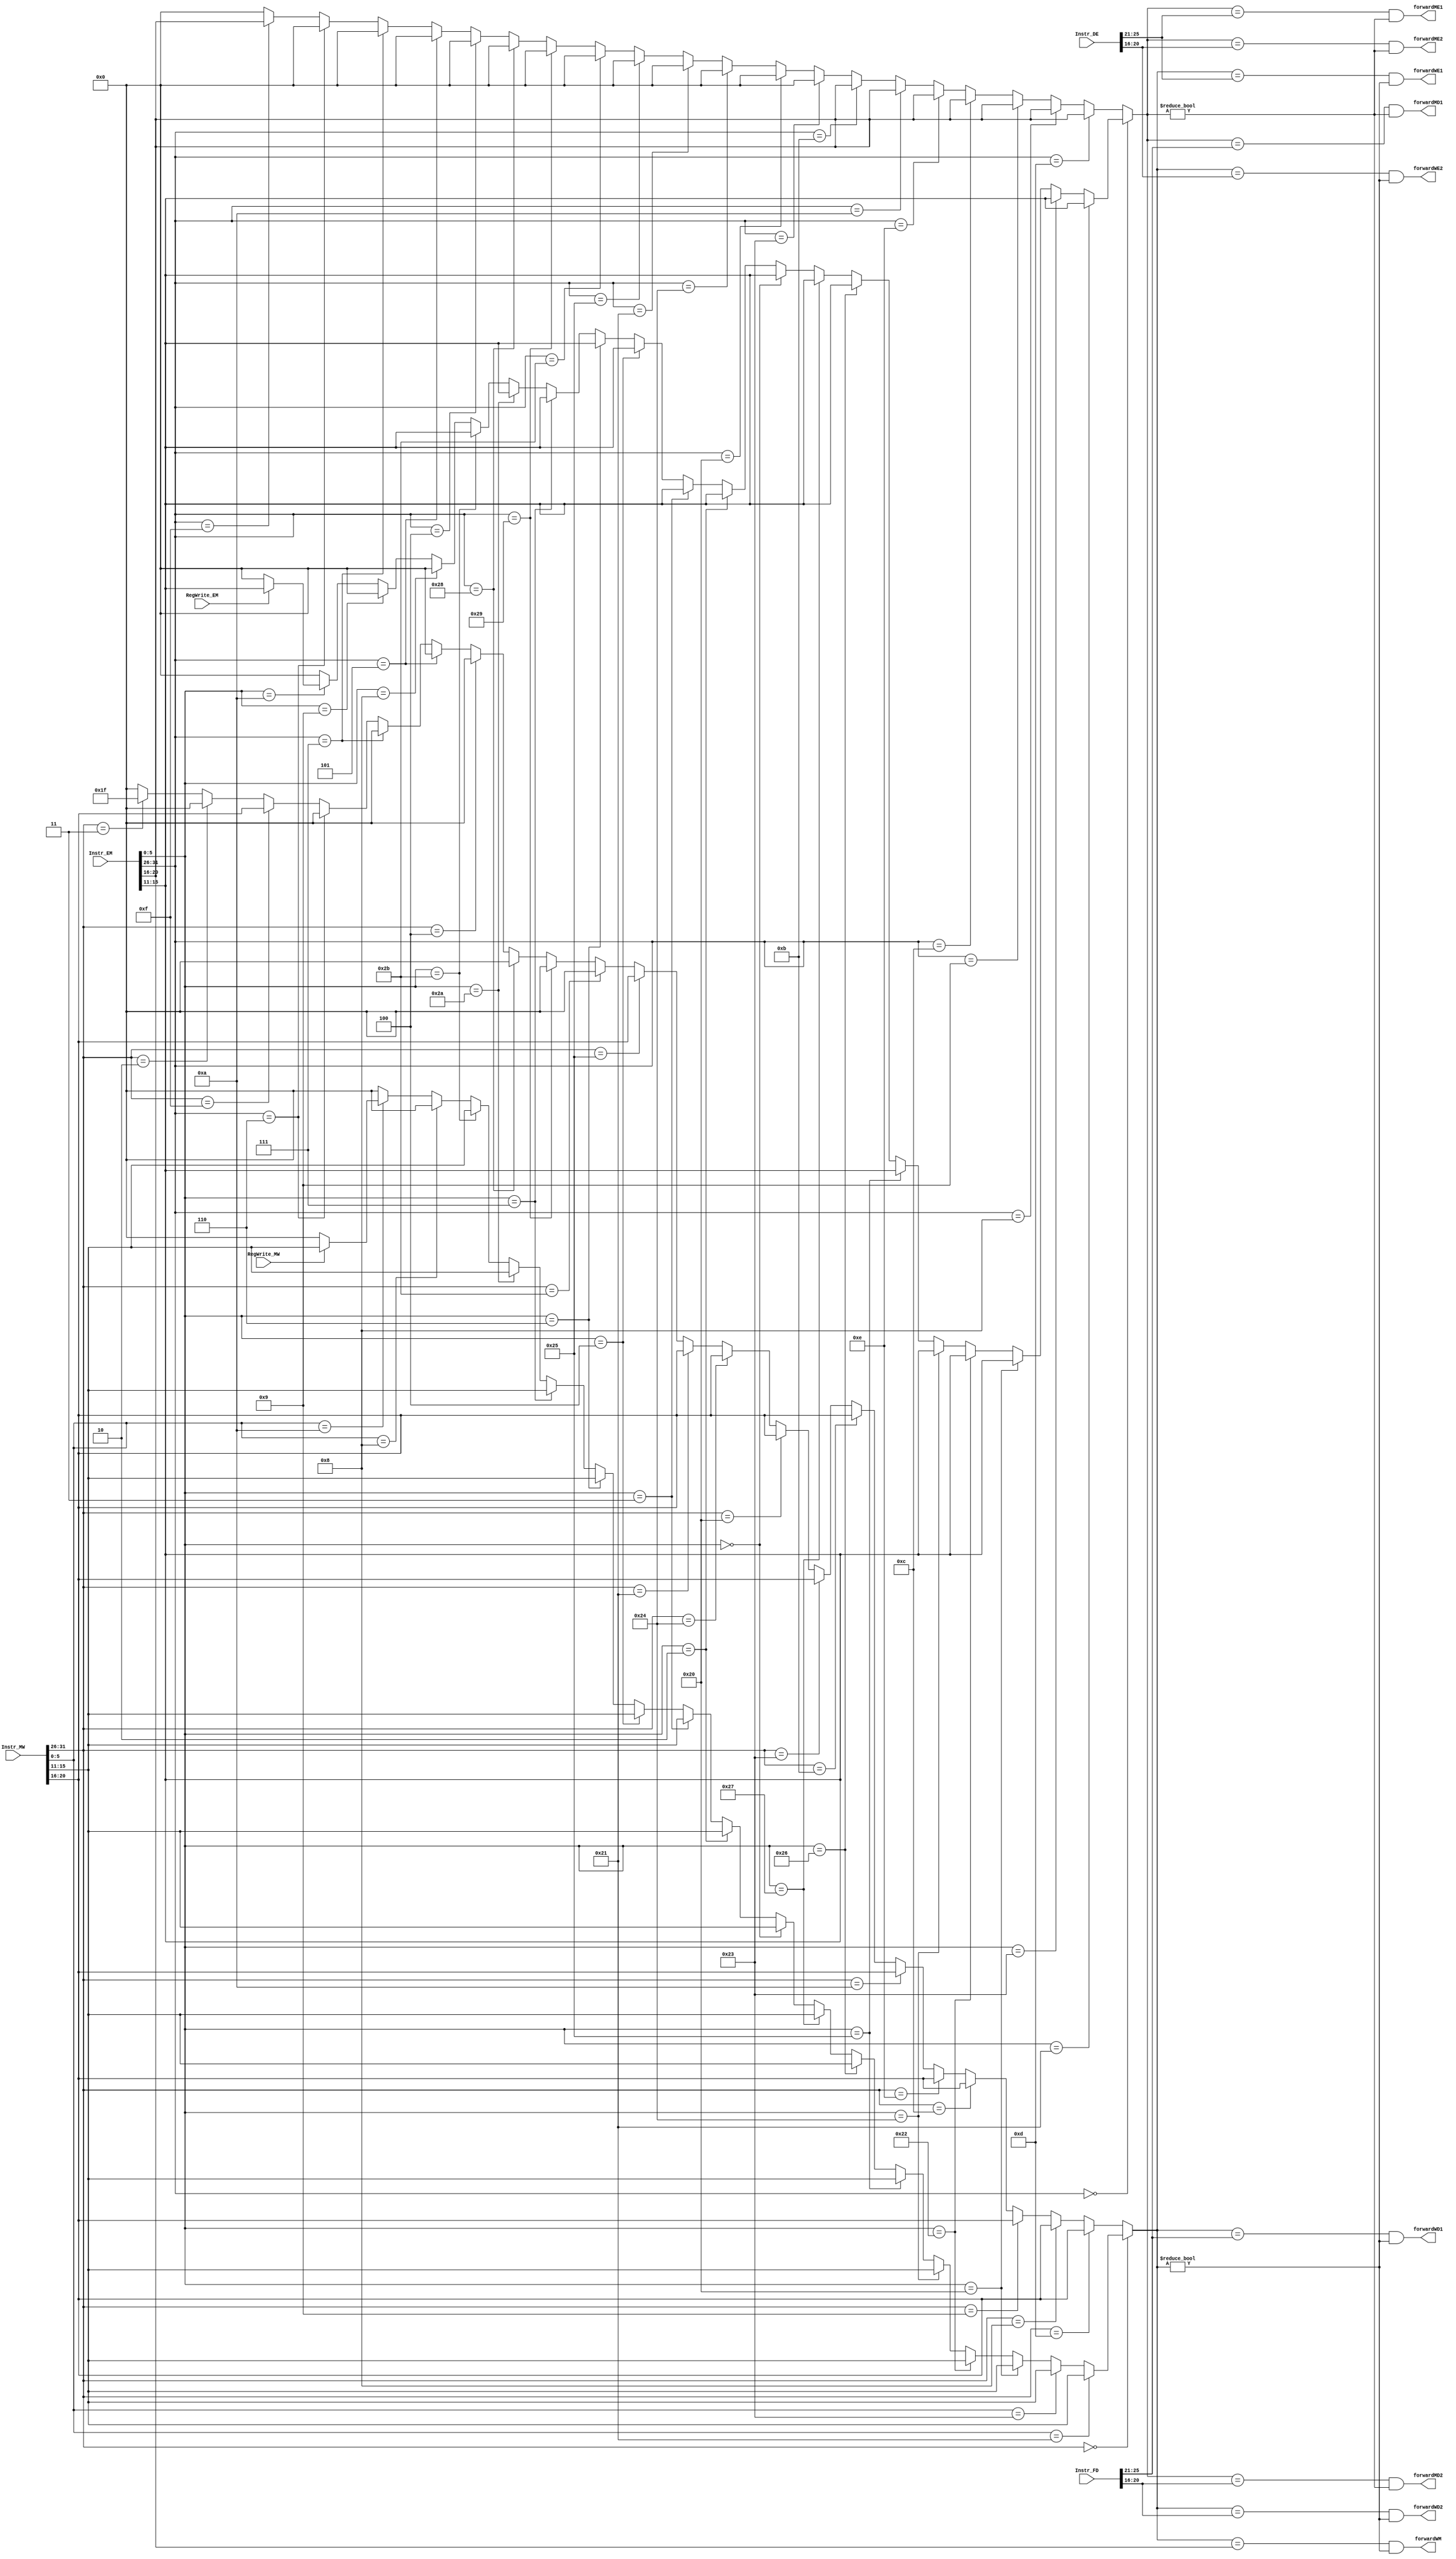
`timescale 1ns / 1ps
//////////////////////////////////////////////////////////////////////////////////
// Company: 
// Engineer: 
// 
// Design Name: 
// Module Name:    forward 
// Project Name: 
// Target Devices: 
// Tool versions: 
// Description: 
//
// Dependencies: 
//
// Revision: 
// Revision 0.01 - File Created
// Additional Comments: 
//
//////////////////////////////////////////////////////////////////////////////////
module forward(
	  input [31:0] Instr_FD,
	  input [31:0] Instr_DE,
	  input [31:0] Instr_EM,
	  input [31:0] Instr_MW,
	  input RegWrite_EM,
	  input RegWrite_MW,
	  output forwardMD1,
	  output forwardMD2,
	  output forwardME1,
	  output forwardME2,
	  output forwardWD1,
	  output forwardWD2,
	  output forwardWE1,
	  output forwardWE2,
	  output forwardWM
    );
	 `define __op [31:26]
	 `define __func [5:0]
	 `define __rs [25:21]
	 `define __rt [20:16]
	 `define __rd [15:11]
	 
	 parameter 	addu_func 	= 	6'b100001,
						subu_func 	= 	6'b100011,
						jr_func 		= 	6'b001000,
						jalr_func		=	6'b001001,
						movz_func 	=	6'b001010,
						add_func 		= 	6'b100000,
						sub_func 		= 	6'b100010,
						and_func 		= 	6'b100100,
						or_func 		= 	6'b100101,
						xor_func 		= 	6'b100110,
						nor_func 		= 	6'b100111,
						sll_func 		= 	6'b000000,
						srl_func 		= 	6'b000010,
						sra_func 		= 	6'b000011,
						sllv_func 	= 	6'b000100,
						srlv_func 	= 	6'b000110,
						srav_func 	= 	6'b000111,
						slt_func 		= 	6'b101010,
						sltu_func 	= 	6'b101011,
						ori 				=	6'b001101,
						lw					=	6'b100011,
						sw					=	6'b101011,
						beq 				=	6'b000100,
						bne 				= 	6'b000101,
						bgtz 			= 	6'b000111,
						blez 			= 	6'b000110,
						lui 				=	6'b001111,
						slti 			= 	6'b001010,
						sltiu		 	= 	6'b001011,
						addi 			= 	6'b001000,
						addiu 			= 	6'b001001,
						andi 			= 	6'b001100,
						xori 			= 	6'b001110,
						j 					=	6'b000010,
						jal 				=	6'b000011,
						lb 				= 	6'b100000,
						lbu 				= 	6'b100100,
						lh 				= 	6'b100001,
						lhu 				= 	6'b100101,
						sb 				= 	6'b101000,
						sh 				= 	6'b101001;
	 
	 wire [4:0] EM_Write, MW_Write;
	 
	 assign EM_Write = 	(Instr_EM`__op == 6'b000000)?
										(	(Instr_EM`__func ==	addu_func)	?Instr_EM`__rd:
											(Instr_EM`__func == subu_func)	?Instr_EM`__rd:
											(Instr_EM`__func ==	add_func)		?Instr_EM`__rd:
											(Instr_EM`__func == sub_func)	?Instr_EM`__rd:
											(Instr_EM`__func == and_func)	?Instr_EM`__rd:
											(Instr_EM`__func == or_func)		?Instr_EM`__rd:
											(Instr_EM`__func == xor_func)	?Instr_EM`__rd:
											(Instr_EM`__func == nor_func)	?Instr_EM`__rd:
											(Instr_EM`__func == sll_func)	?Instr_EM`__rd:
											(Instr_EM`__func == srl_func)	?Instr_EM`__rd:
											(Instr_EM`__func == sra_func)	?Instr_EM`__rd:
											(Instr_EM`__func == sllv_func)	?Instr_EM`__rd:
											(Instr_EM`__func == srlv_func)	?Instr_EM`__rd:
											(Instr_EM`__func == srav_func)	?Instr_EM`__rd:
											(Instr_EM`__func == slt_func)	?Instr_EM`__rd:
											(Instr_EM`__func == sltu_func)	?Instr_EM`__rd:
											(Instr_EM`__func == jr_func)		?5'h0:
											(Instr_EM`__func == jalr_func)	?5'h0:
											(Instr_EM`__func == movz_func)  ?((RegWrite_EM)?Instr_EM`__rd:5'h0)
																								:5'h0):
									(Instr_EM`__op == ori)						?Instr_EM`__rt:
									(Instr_EM`__op == addi)						?Instr_EM`__rt:
									(Instr_EM`__op == addiu)						?Instr_EM`__rt:
									(Instr_EM`__op == andi)						?Instr_EM`__rt:
									(Instr_EM`__op == xori)						?Instr_EM`__rt:
									(Instr_EM`__op == slti)						?Instr_EM`__rt:
									(Instr_EM`__op == sltiu)						?Instr_EM`__rt:
									(Instr_EM`__op == lw)							?5'h0:
									(Instr_EM`__op == lb)							?5'h0:
									(Instr_EM`__op == lbu)						?5'h0:
									(Instr_EM`__op == lh)							?5'h0:
									(Instr_EM`__op == lhu)						?5'h0:
									(Instr_EM`__op == sw)							?5'h0:
									(Instr_EM`__op == sh)							?5'h0:
									(Instr_EM`__op == sb)							?5'h0:
									(Instr_EM`__op == beq)						?5'h0:
									(Instr_EM`__op == bne)						?5'h0:
									(Instr_EM`__op == bgtz)						?5'h0:
									(Instr_EM`__op == blez)						?5'h0:
									(Instr_EM`__op == lui)						?Instr_EM`__rt:
									(Instr_EM`__op == j)							?5'h0:
									(Instr_EM`__op == jal)						?5'h0:5'h0;//bgez,bltz belong to default
	 
	 assign MW_Write = 	(Instr_MW`__op == 6'b000000)?
										(	(Instr_MW`__func ==	addu_func)	?Instr_MW`__rd:
											(Instr_MW`__func == subu_func)	?Instr_MW`__rd:
											(Instr_EM`__func ==	add_func)		?Instr_MW`__rd:
											(Instr_EM`__func == sub_func)	?Instr_MW`__rd:
											(Instr_EM`__func == and_func)	?Instr_MW`__rd:
											(Instr_EM`__func == or_func)		?Instr_MW`__rd:
											(Instr_EM`__func == xor_func)	?Instr_MW`__rd:
											(Instr_EM`__func == nor_func)	?Instr_MW`__rd:
											(Instr_EM`__func == sll_func)	?Instr_MW`__rd:
											(Instr_EM`__func == srl_func)	?Instr_MW`__rd:
											(Instr_EM`__func == sra_func)	?Instr_MW`__rd:
											(Instr_EM`__func == sllv_func)	?Instr_MW`__rd:
											(Instr_EM`__func == srlv_func)	?Instr_MW`__rd:
											(Instr_EM`__func == srav_func)	?Instr_MW`__rd:
											(Instr_EM`__func == slt_func)	?Instr_MW`__rd:
											(Instr_EM`__func == sltu_func)	?Instr_MW`__rd:
											(Instr_MW`__func == jr_func)		?5'h0:
											(Instr_MW`__func == jr_func)		?Instr_MW`__rd:
											(Instr_MW`__func == movz_func)  ?((RegWrite_MW)?Instr_MW`__rd:5'h0)
																								:5'h0):
									(Instr_MW`__op == ori)						?Instr_MW`__rt:
									(Instr_MW`__op == addi)						?Instr_MW`__rt:
									(Instr_MW`__op == addiu)						?Instr_MW`__rt:
									(Instr_MW`__op == andi)						?Instr_MW`__rt:
									(Instr_MW`__op == xori)						?Instr_MW`__rt:
									(Instr_MW`__op == slti)						?Instr_MW`__rt:
									(Instr_MW`__op == sltiu)						?Instr_MW`__rt:
									(Instr_MW`__op == lw)							?Instr_MW`__rt:
									(Instr_MW`__op == lb)							?Instr_MW`__rt:
									(Instr_MW`__op == lbu)						?Instr_MW`__rt:
									(Instr_MW`__op == lh)							?Instr_MW`__rt:
									(Instr_MW`__op == lhu)						?Instr_MW`__rt:
									(Instr_MW`__op == sw)							?5'h0:
									(Instr_EM`__op == sh)							?5'h0:
									(Instr_EM`__op == sb)							?5'h0:
									(Instr_MW`__op == beq)						?5'h0:
									(Instr_EM`__op == bne)						?5'h0:
									(Instr_EM`__op == bgtz)						?5'h0:
									(Instr_EM`__op == blez)						?5'h0:
									(Instr_MW`__op == lui)						?Instr_MW`__rt:
									(Instr_MW`__op == j)							?5'h0:
									(Instr_MW`__op == jal)						?5'h1f:5'h0;//bgez,bltz belong to default
	 
	 assign forwardMD1 	= 		((EM_Write==Instr_FD`__rs) && EM_Write!=5'h0);
	 assign forwardMD2 	= 		((EM_Write==Instr_FD`__rt) && EM_Write!=5'h0);
	 assign forwardME1 	= 		((EM_Write==Instr_DE`__rs) && EM_Write!=5'h0);
	 assign forwardME2 	= 		((EM_Write==Instr_DE`__rt) && EM_Write!=5'h0);
	 assign forwardWD1 	= 		((MW_Write==Instr_FD`__rs) && MW_Write!=5'h0);
	 assign forwardWD2 	= 		((MW_Write==Instr_FD`__rt) && MW_Write!=5'h0);
	 assign forwardWE1 	= 		((MW_Write==Instr_DE`__rs) && MW_Write!=5'h0);
	 assign forwardWE2 	= 		((MW_Write==Instr_DE`__rt) && MW_Write!=5'h0);
	 assign forwardWM 	= 		((MW_Write==Instr_EM`__rt) && MW_Write!=5'h0);
	 


endmodule